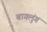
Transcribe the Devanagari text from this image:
बागलुंग